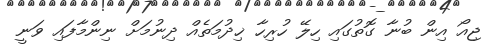
ޖިއޯ އިން ބުނާ ގޮތުގައި ހިލޭ ހުރިހާ ޚިދުމަތެއް ދިނުމަށް ނިންމާފައި ވަނީ